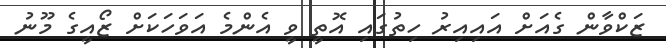
ޒަކްވާން ގެއަށް އައިއިރު ހިތުގައި އޮތީ ވީ އެންމެ އަވަހަކަށް ޒޯއީގެ މޫނު